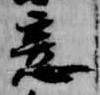
意